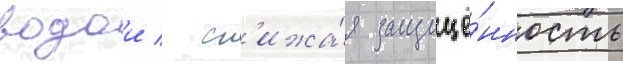
водои / сн'ижа́я защищё́нность